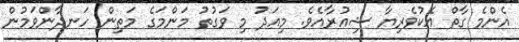
އެންމެ ގާތް އެކުވެރިޔާ ޝިއުރާއެވެ. މިއަދު މި ވަގުތު މަންމަގެ މަތިން ހަނދާންވަމުން